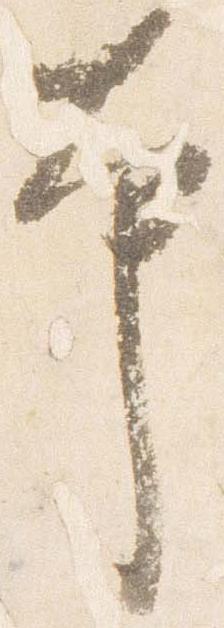
本